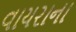
વાયરાના